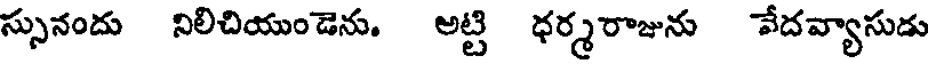
స్సునందు నిలిచియుండెను. అట్టి ధర్మరాజును వేదవ్యాసుడు